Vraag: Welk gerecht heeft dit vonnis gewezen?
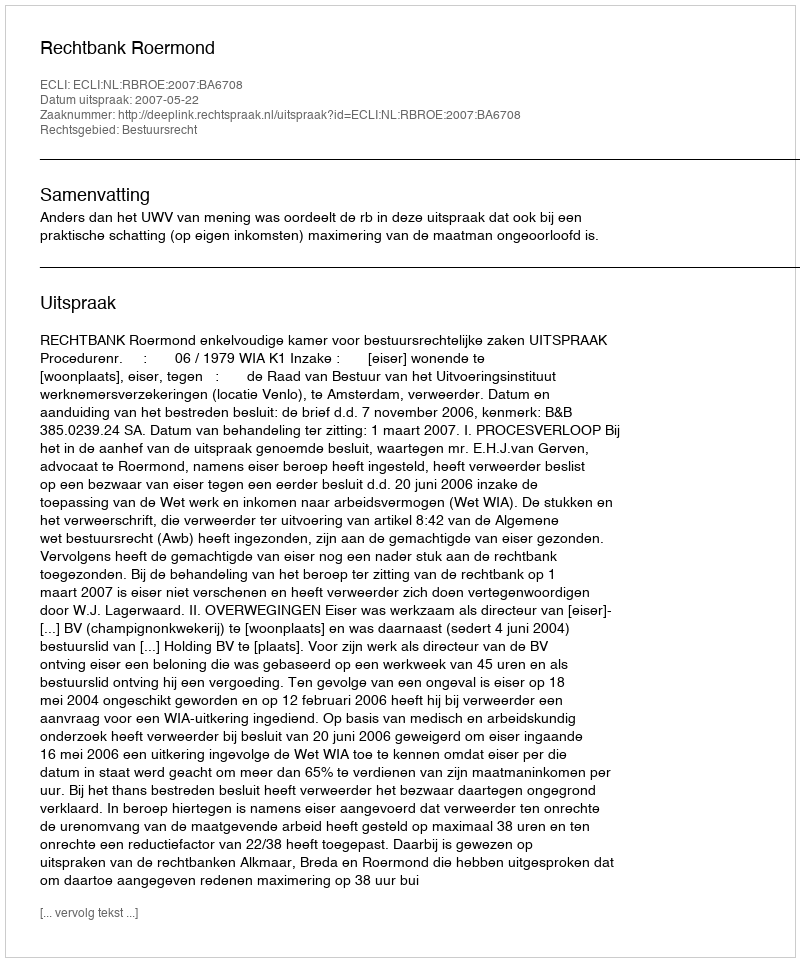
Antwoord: Rechtbank Roermond